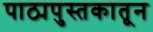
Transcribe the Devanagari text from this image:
पाठ्यपुस्तकातून